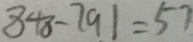
8 4 8 - 7 9 1 = 5 7